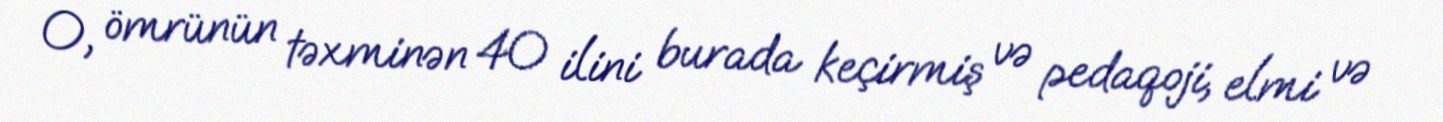
O, ömrünün təxminən 40 ilini burada keçirmiş və pedaqoji, elmi və